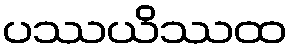
ပဿယိဿထ